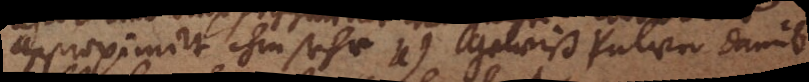
approximirt ihm sehr u) Gewiß Pulver damit